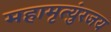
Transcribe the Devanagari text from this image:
महामृत्युंरजय